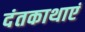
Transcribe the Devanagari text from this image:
दंतकाथाएं